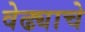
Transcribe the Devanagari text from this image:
वेढ्याचे